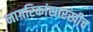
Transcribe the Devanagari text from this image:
नागरिकांसारखीच